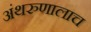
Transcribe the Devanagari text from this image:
अंथरुणालाच